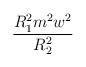
LaTeX: \begin{align*} \frac{R_1^2 m^2 w^2}{R_2^2}\end{align*}